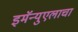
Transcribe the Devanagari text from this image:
इमॅन्युएलाचा